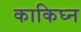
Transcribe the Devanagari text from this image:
काकिघ्न